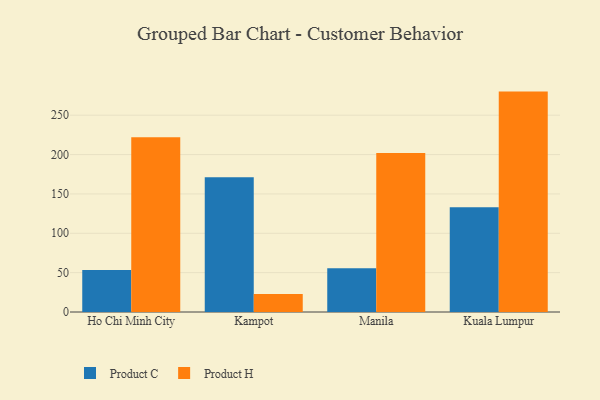
{"axis": {"x": "City", "y": "Tickets Resolved"}, "legend": ["Product C", "Product H"], "data": [{"x": "Ho Chi Minh City", "y": 53.4, "type": "Product C"}, {"x": "Ho Chi Minh City", "y": 222.1, "type": "Product H"}, {"x": "Kampot", "y": 171.3, "type": "Product C"}, {"x": "Kampot", "y": 23.0, "type": "Product H"}, {"x": "Manila", "y": 55.7, "type": "Product C"}, {"x": "Manila", "y": 202.1, "type": "Product H"}, {"x": "Kuala Lumpur", "y": 133.2, "type": "Product C"}, {"x": "Kuala Lumpur", "y": 280.0, "type": "Product H"}]}